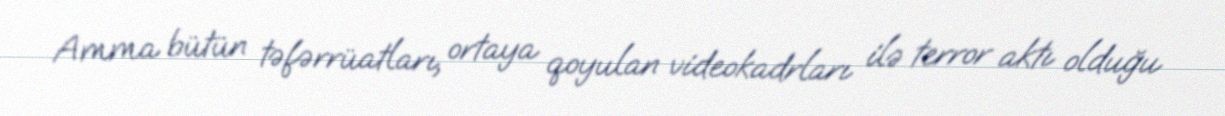
Amma bütün təfərrüatları, ortaya qoyulan videokadrları ilə terror aktı olduğu